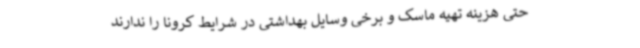
حتی هزینه تهیه ماسک و برخی وسایل بهداشتی در شرایط کرونا را ندارند